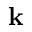
\textbf { k }